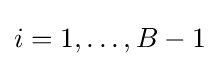
i=1,\ldots ,B-1